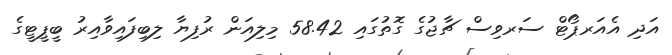
އަދި އެއަރޕޯޓް ސަރވިސް ޗާޖުގެ ގޮތުގައި 58.42 މިލިއަން ރުފިޔާ ލިބިފައިވާއިރު ބީޕީޓީގެ